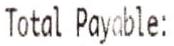
TOTAL PAYABLE: